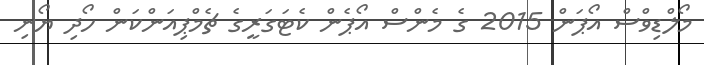
މޯލްޑިވްސް އޯޕަން 2015 ގެ މެންސް އޯޕެން ކެޓަގަރީގެ ޗެމްޕިއަންކަން ހޯދި ޔޯނި